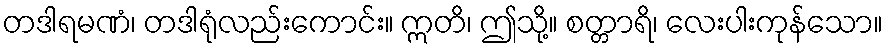
တဒါရမဏံ၊ တဒါရုံလည်းကောင်း။ ဣတိ၊ ဤသို့။ စတ္တာရိ၊ လေးပါးကုန်သော။